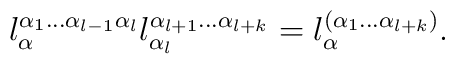
l_{\alpha}^{\alpha_{1} \ldots \alpha_{l-1}\alpha_{l}}l_{\alpha_{l}}^{\alpha_{l+1} \ldots\alpha_{l+k}}=l_{\alpha}^{(\alpha_{1} \ldots \alpha_{l+k})}.